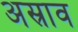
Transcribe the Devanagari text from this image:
अस्राव